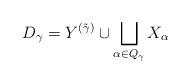
LaTeX: \begin{align*} D_{\gamma} = Y^{(\tilde\gamma)} \cup \bigsqcup_{\alpha\in Q_\gamma} X_\alpha\end{align*}